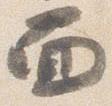
面